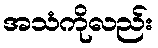
အသံကိုလည်း